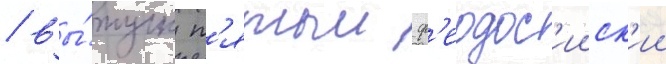
/ вы́пуск п'ятыи ф'еодос'ииск'ии